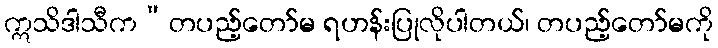
ဣသိဒါသီက”တပည့်တော်မ ရဟန်းပြုလိုပါတယ်၊ တပည့်တော်မကို